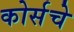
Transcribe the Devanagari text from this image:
कोर्सचे